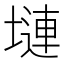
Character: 𪤎